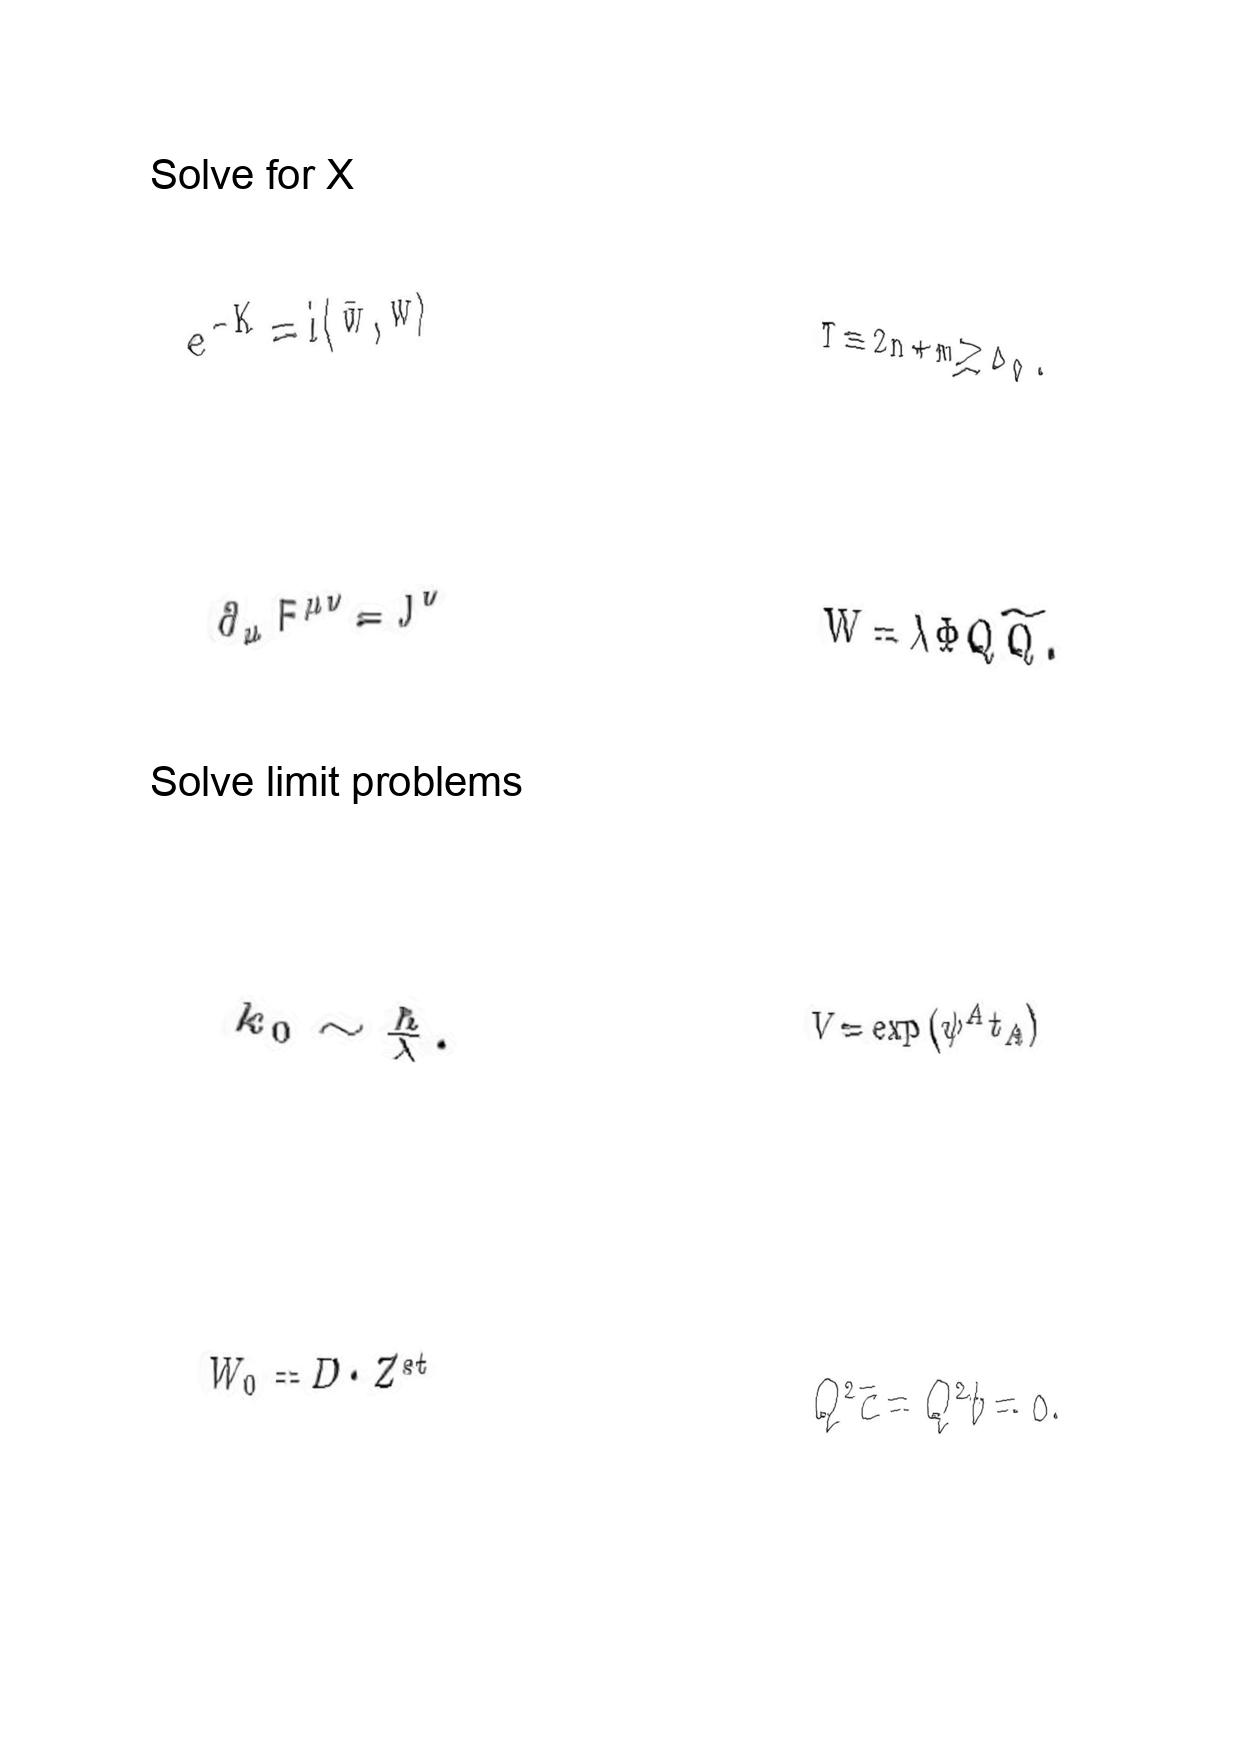
LaTeX transcription:
e ^ { - K } = i \langle \bar { w } , w \rangle
\partial _ { \mu } F ^ { \mu \nu } = J ^ { \nu }
k _ { 0 } \sim \frac { \hbar } { \lambda } .
W _ { 0 } = D \cdot Z ^ { s t }
T \equiv 2 n + m \geq \Delta _ { 0 } .
W = \lambda \Phi Q \tilde { Q } .
V = \exp \lparen \psi ^ { A } t _ { A } \rparen
Q ^ { 2 } \overline { c } = Q ^ { 2 } b = 0 .